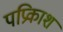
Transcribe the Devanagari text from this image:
पप्रिकाश